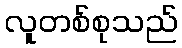
လူတစ်စုသည်